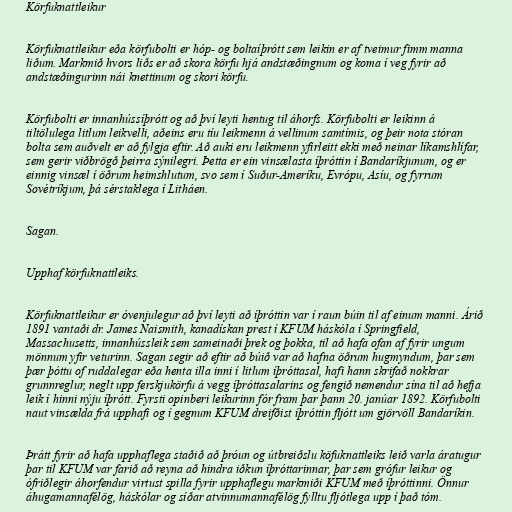
Körfuknattleikur

Körfuknattleikur eða körfubolti er hóp- og boltaíþrótt sem leikin er af tveimur fimm manna
liðum. Markmið hvors liðs er að skora körfu hjá andstæðingnum og koma í veg fyrir að
andstæðingurinn nái knettinum og skori körfu.

Körfubolti er innanhússíþrótt og að því leyti hentug til áhorfs. Körfubolti er leikinn á
tiltölulega litlum leikvelli, aðeins eru tíu leikmenn á vellinum samtímis, og þeir nota stóran
bolta sem auðvelt er að fylgja eftir. Að auki eru leikmenn yfirleitt ekki með neinar líkamshlífar,
sem gerir viðbrögð þeirra sýnilegri. Þetta er ein vinsælasta íþróttin í Bandaríkjunum, og er
einnig vinsæl í öðrum heimshlutum, svo sem í Suður-Ameríku, Evrópu, Asíu, og fyrrum
Sovétríkjum, þá sérstaklega í Litháen.

Sagan.

Upphaf körfuknattleiks.

Körfuknattleikur er óvenjulegur að því leyti að íþróttin var í raun búin til af einum manni. Árið
1891 vantaði dr. James Naismith, kanadískan prest í KFUM háskóla í Springfield,
Massachusetts, innanhússleik sem sameinaði þrek og þokka, til að hafa ofan af fyrir ungum
mönnum yfir veturinn. Sagan segir að eftir að búið var að hafna öðrum hugmyndum, þar sem
þær þóttu of ruddalegar eða henta illa inni í litlum íþróttasal, hafi hann skrifað nokkrar
grunnreglur, neglt upp ferskjukörfu á vegg íþróttasalarins og fengið nemendur sína til að hefja
leik í hinni nýju íþrótt. Fyrsti opinberi leikurinn fór fram þar þann 20. janúar 1892. Körfubolti
naut vinsælda frá upphafi og í gegnum KFUM dreifðist íþróttin fljótt um gjörvöll Bandaríkin.

Þrátt fyrir að hafa upphaflega staðið að þróun og útbreiðslu köfuknattleiks leið varla áratugur
þar til KFUM var farið að reyna að hindra iðkun íþróttarinnar, þar sem grófur leikur og
ófriðlegir áhorfendur virtust spilla fyrir upphaflegu markmiði KFUM með íþróttinni. Önnur
áhugamannafélög, háskólar og síðar atvinnumannafélög fylltu fljótlega upp í það tóm.